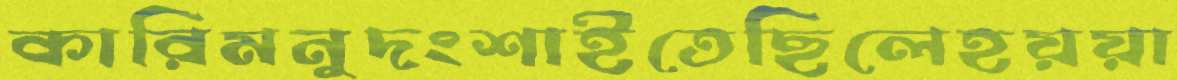
কারিমনুদংশাইতেছিলেহয়য়া